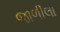
જાળીલા